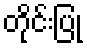
တိုင်းပြု